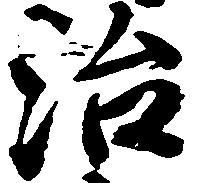
治